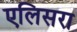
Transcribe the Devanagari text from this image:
एलिसरा